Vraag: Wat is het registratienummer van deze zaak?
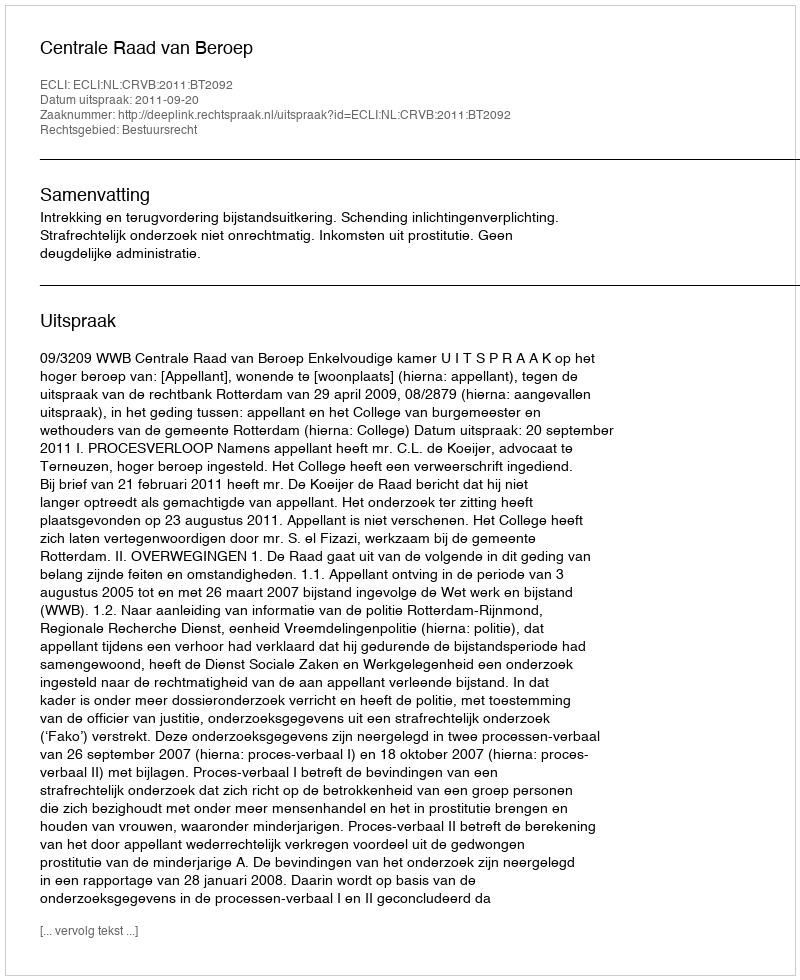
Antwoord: http://deeplink.rechtspraak.nl/uitspraak?id=ECLI:NL:CRVB:2011:BT2092